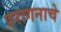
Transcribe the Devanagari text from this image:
परागनाचे